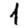
Digit: 1